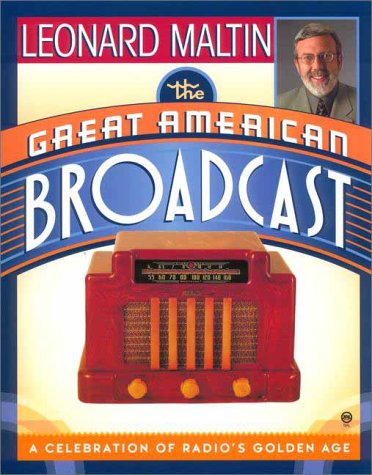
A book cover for The Great American Broadcast; Leonard Maltin; Humor & Entertainment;